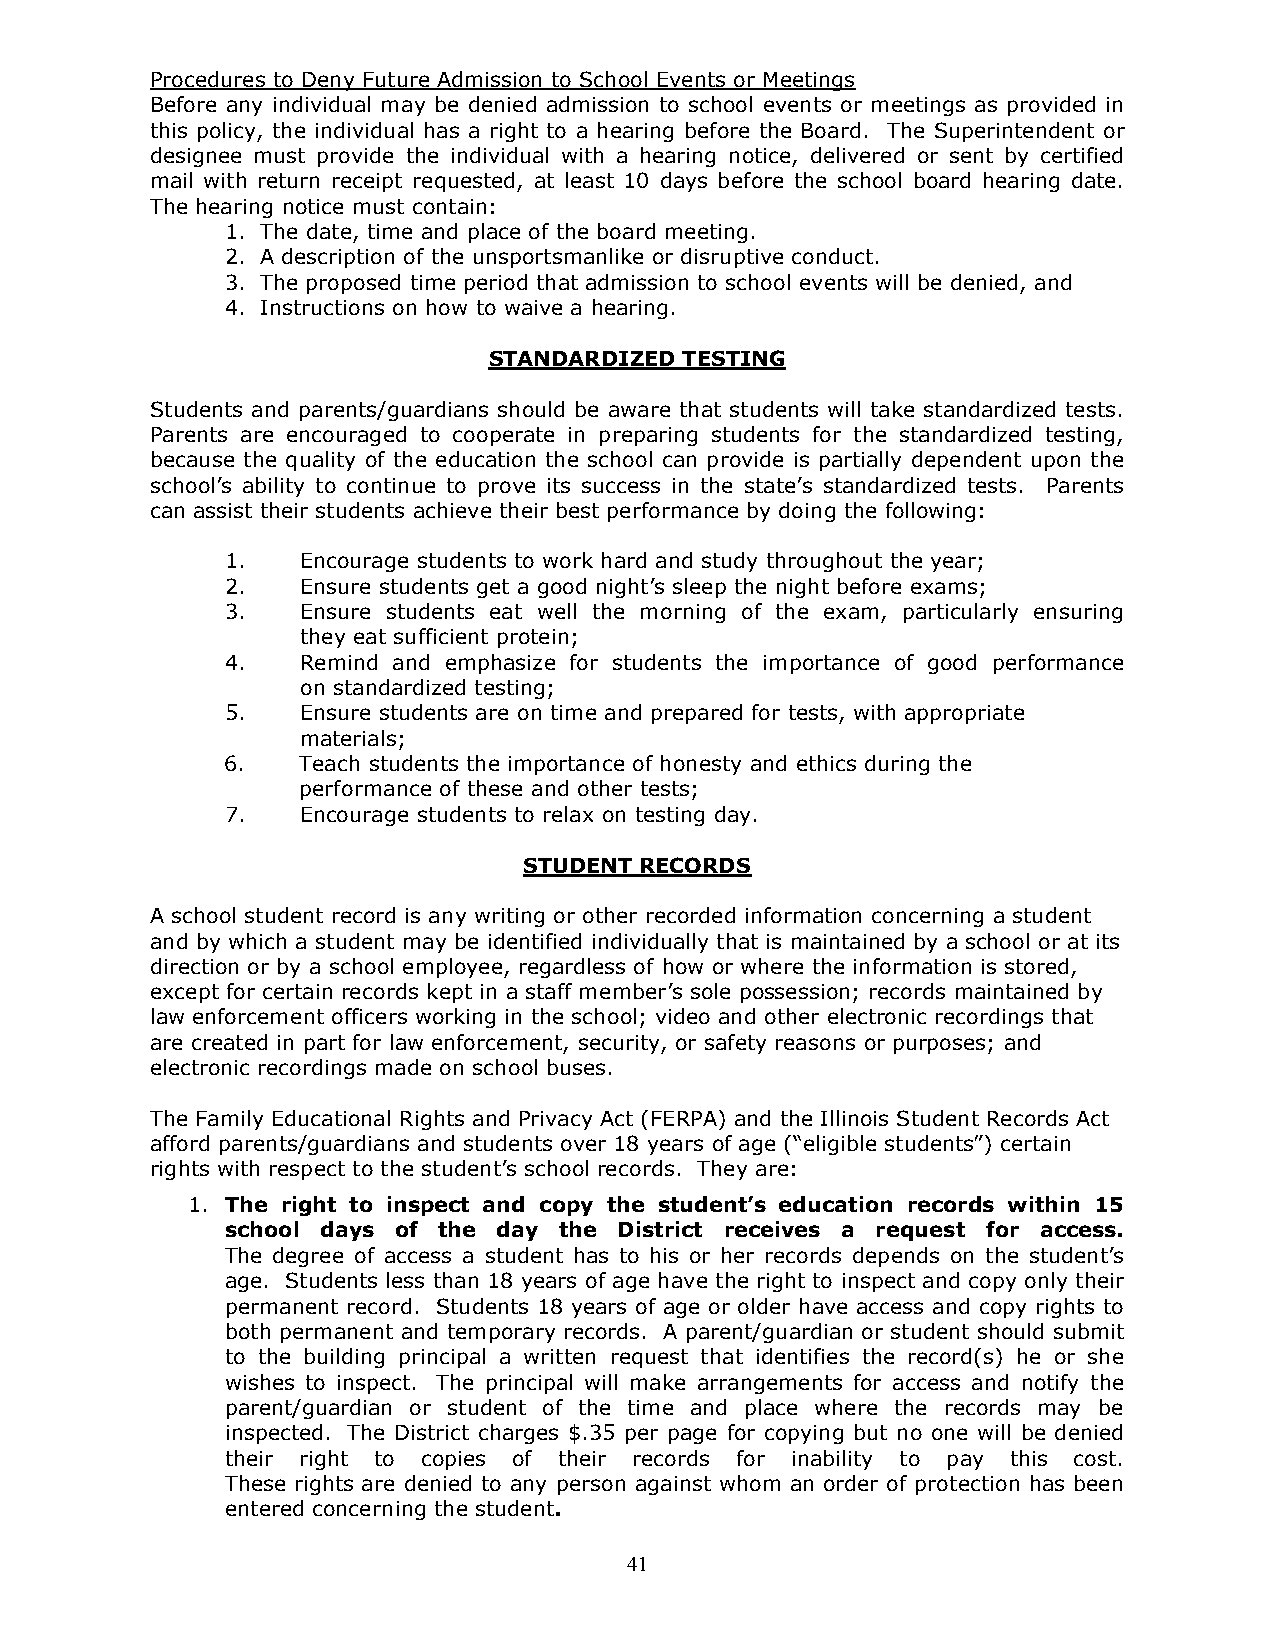
Procedures to Deny Future Admission to School Events or Meetings
 Before any individual may be denied admission to school events or meetings as provided in
 this policy, the individual has a right to a hearing before the Board. The Superintendent or
 designee must provide the individual with a hearing notice, delivered or sent by certified
 mail with return receipt requested, at least 10 days before the school board hearing date.
 The hearing notice must contain:
 1. The date, time and place of the board meeting.
 2. A description of the unsportsmanlike or disruptive conduct.
 3. The proposed time period that admission to school events will be denied, and
 4. Instructions on how to waive a hearing.
 STANDARDIZED TESTING
 Students and parents/guardians should be aware that students will take standardized tests.
 Parents are encouraged to cooperate in preparing students for the standardized testing,
 because the quality of the education the school can provide is partially dependent upon the
 school’s ability to continue to prove its success in the state’s standardized tests. Parents
 can assist their students achieve their best performance by doing the following:
 1.   Encourage students to work hard and study throughout the year;
 2.   Ensure students get a good night’s sleep the night before exams;
 3.   Ensure students eat well the morning of the exam, particularly ensuring
 they eat sufficient protein;
 4.   Remind and emphasize for students the importance of good performance
 on standardized testing;
 5.   Ensure students are on time and prepared for tests, with appropriate
 materials;
 6.   Teach students the importance of honesty and ethics during the
 performance of these and other tests;
 7.   Encourage students to relax on testing day.
 STUDENT RECORDS
 A school student record is any writing or other recorded information concerning a student
 and by which a student may be identified individually that is maintained by a school or at its
 direction or by a school employee, regardless of how or where the information is stored,
 except for certain records kept in a staff member’s sole possession; records maintained by
 law enforcement officers working in the school; video and other electronic recordings that
 are created in part for law enforcement, security, or safety reasons or purposes; and
 electronic recordings made on school buses.
 The Family Educational Rights and Privacy Act (FERPA) and the Illinois Student Records Act
 afford parents/guardians and students over 18 years of age (“eligible students”) certain
 rights with respect to the student’s school records. They are:
 1. The right to inspect and copy the student’s education records within 15
 school days of the day the District receives a request for access.
 The degree of access a student has to his or her records depends on the student’s
 age. Students less than 18 years of age have the right to inspect and copy only their
 permanent record. Students 18 years of age or older have access and copy rights to
 both permanent and temporary records. A parent/guardian or student should submit
 to the building principal a written request that identifies the record(s) he or she
 wishes to inspect. The principal will make arrangements for access and notify the
 parent/guardian or student of the time and place where the records may be
 inspected. The District charges $.35 per page for copying but no one will be denied
 their right to copies of their records for inability to pay this cost.
 These rights are denied to any person against whom an order of protection has been
 entered concerning the student.
 41